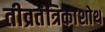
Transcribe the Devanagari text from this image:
तीव्रतंत्रिकाशोथ